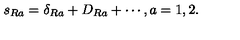
s _ { R a } = \delta _ { R a } + D _ { R a } + \cdots , a = 1 , 2 .